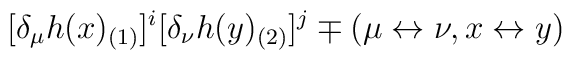
[\delta _\mu h(x)_{(1)}]^i[\delta _\nu h(y)_{(2)}]^j \mp (\mu \leftrightarrow \nu, x \leftrightarrow y )